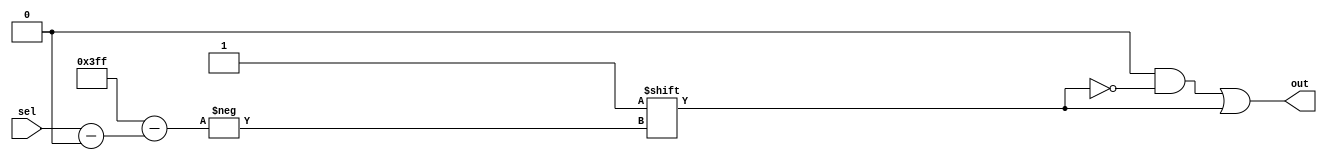
module DCD_10bit(sel, out);
input [9:0]sel;
output reg[0:2**10-1]out;

	always@(sel) begin
		out = 1024'b0;
		out[sel] = 1'b1;
	end

endmodule